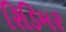
રિડિમર